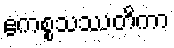
ဧကစ္စသဿတိကာ